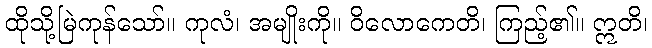
ထိုသို့မြဲကုန်သော်။ ကုလံ၊ အမျိုးကို။ ဝိလောကေတိ၊ ကြည့်၏။ ဣတိ၊